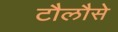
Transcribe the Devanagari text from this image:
टौलौसे